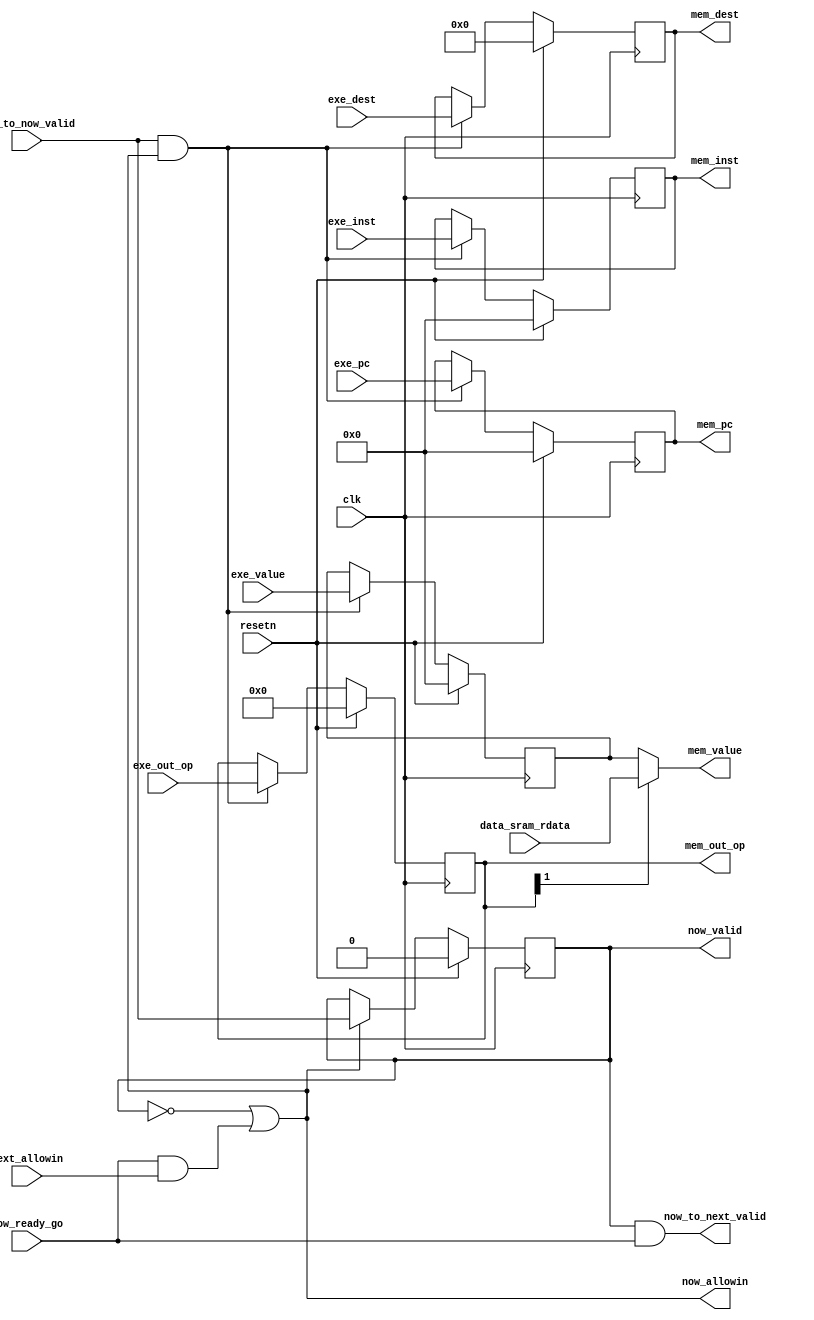
/*------------------------------------------------------------------------------
--------------------------------------------------------------------------------
Copyright (c) 2016, Loongson Technology Corporation Limited.

All rights reserved.

Redistribution and use in source and binary forms, with or without modification,
are permitted provided that the following conditions are met:

1. Redistributions of source code must retain the above copyright notice, this 
list of conditions and the following disclaimer.

2. Redistributions in binary form must reproduce the above copyright notice, 
this list of conditions and the following disclaimer in the documentation and/or
other materials provided with the distribution.

3. Neither the name of Loongson Technology Corporation Limited nor the names of 
its contributors may be used to endorse or promote products derived from this 
software without specific prior written permission.

THIS SOFTWARE IS PROVIDED BY THE COPYRIGHT HOLDERS AND CONTRIBUTORS "AS IS" AND 
ANY EXPRESS OR IMPLIED WARRANTIES, INCLUDING, BUT NOT LIMITED TO, THE IMPLIED 
WARRANTIES OF MERCHANTABILITY AND FITNESS FOR A PARTICULAR PURPOSE ARE 
DISCLAIMED. IN NO EVENT SHALL LOONGSON TECHNOLOGY CORPORATION LIMITED BE LIABLE
TO ANY PARTY FOR DIRECT, INDIRECT, INCIDENTAL, SPECIAL, EXEMPLARY, OR 
CONSEQUENTIAL DAMAGES (INCLUDING, BUT NOT LIMITED TO, PROCUREMENT OF SUBSTITUTE 
GOODS OR SERVICES; LOSS OF USE, DATA, OR PROFITS; OR BUSINESS INTERRUPTION) 
HOWEVER CAUSED AND ON ANY THEORY OF LIABILITY, WHETHER IN CONTRACT, STRICT 
LIABILITY, OR TORT (INCLUDING NEGLIGENCE OR OTHERWISE) ARISING IN ANY WAY OUT OF
THE USE OF THIS SOFTWARE, EVEN IF ADVISED OF THE POSSIBILITY OF SUCH DAMAGE.
--------------------------------------------------------------------------------
------------------------------------------------------------------------------*/


module memory_stage(
    input  wire        clk,
    input  wire        resetn,

    input  wire [39:0] exe_out_op,      //control signals used in MEM, WB stages
    input  wire [ 4:0] exe_dest,        //reg num of dest operand
    input  wire [31:0] exe_value,       //alu result from exe_stage or other intermediate 
                                        //value for the following stages

    input  wire [31:0] data_sram_rdata,

    output wire [39:0] mem_out_op,      //control signals used in WB stage
    output reg  [ 4:0] mem_dest,        //reg num of dest operand
    output wire [31:0] mem_value,        //mem_stage final result

 // `ifdef SIMU_DEBUG
    input  wire [31:0] exe_pc,          //pc @execute_stage
    input  wire [31:0] exe_inst,        //instr code @execute_stage
    output reg  [31:0] mem_pc,          //pc @memory_stage
    output reg  [31:0] mem_inst,        //instr code @memory_stage
  //`endif
  
    input  wire        next_allowin,
    output wire        now_allowin,
    input  wire        pre_to_now_valid,
    output wire        now_to_next_valid,
    output reg         now_valid,
    input  wire        now_ready_go        
);


//pipe_line
assign now_allowin = !now_valid || now_ready_go && next_allowin;
assign now_to_next_valid = now_valid && now_ready_go;

reg  [39:0] mem_op;
reg  [31:0] value;

assign mem_out_op = mem_op;
assign mem_value = mem_op[1] ? data_sram_rdata : value;

always @(posedge clk)
begin
    if (resetn) begin
        mem_op <= 0;
        value <=0;
        mem_dest <=0;
    end
    else if (pre_to_now_valid && now_allowin) begin 
        mem_op <= exe_out_op;
        value <= exe_value;
        mem_dest <= exe_dest;
    end
end

always @(posedge clk)
begin
    if (resetn) begin
        now_valid <= 0;
    end
    else if (now_allowin) begin 
        now_valid <= pre_to_now_valid;
    end
end


//`ifdef SIMU_DEBUG
always @(posedge clk)
begin
    if (resetn) begin
        mem_pc <= 0;
        mem_inst <= 0;
    end
    else if (pre_to_now_valid && now_allowin) begin 
	mem_pc <= exe_pc;
	mem_inst <= exe_inst;
	end
end
//`endif

endmodule //memory_stage